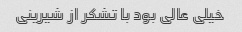
خیلی عالی بود با تشکر از شیرینی